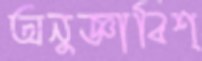
অনুজ্ঞাবিশ্